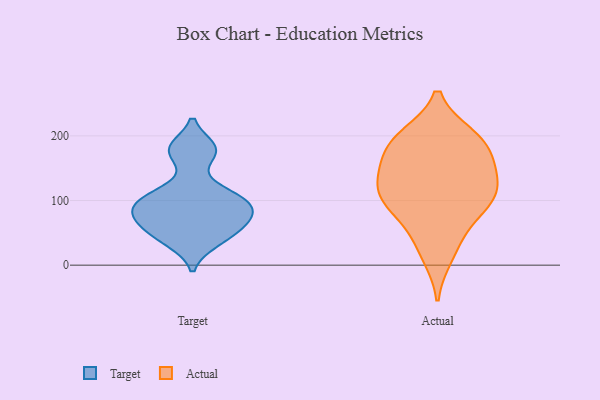
{"axis": {"x": "Waste Production (Tons)", "y": "Value"}, "legend": ["Actual", "Target"], "data": [{"x": "", "y": 181, "type": "Target"}, {"x": "", "y": 73, "type": "Target"}, {"x": "", "y": 95, "type": "Target"}, {"x": "", "y": 112, "type": "Target"}, {"x": "", "y": 175, "type": "Target"}, {"x": "", "y": 66, "type": "Target"}, {"x": "", "y": 84, "type": "Target"}, {"x": "", "y": 49, "type": "Target"}, {"x": "", "y": 103, "type": "Target"}, {"x": "", "y": 36, "type": "Target"}, {"x": "", "y": 200, "type": "Actual"}, {"x": "", "y": 100, "type": "Actual"}, {"x": "", "y": 166, "type": "Actual"}, {"x": "", "y": 150, "type": "Actual"}, {"x": "", "y": 14, "type": "Actual"}, {"x": "", "y": 133, "type": "Actual"}, {"x": "", "y": 199, "type": "Actual"}, {"x": "", "y": 105, "type": "Actual"}, {"x": "", "y": 41, "type": "Actual"}, {"x": "", "y": 100, "type": "Actual"}, {"x": "", "y": 195, "type": "Actual"}, {"x": "", "y": 108, "type": "Actual"}, {"x": "", "y": 135, "type": "Actual"}, {"x": "", "y": 74, "type": "Actual"}, {"x": "", "y": 178, "type": "Actual"}]}